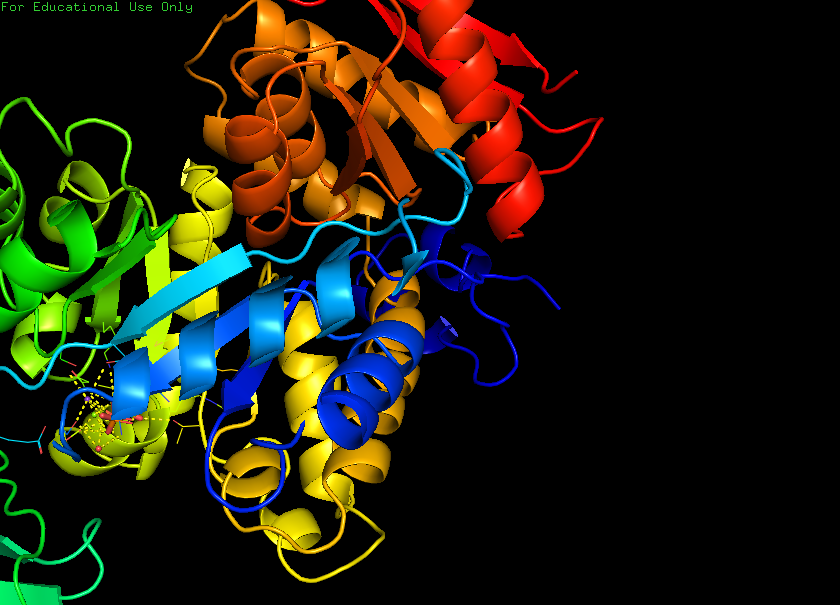
pymol, preset, ligand_cartoon